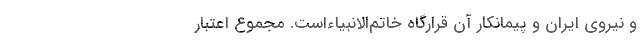
و نیروی ایران و پیمانکار آن قرارگاه خاتم‌الانبیاءاست. مجموع اعتبار